Annual administration report of the Bombay Presidency - 1887-1892
Year: 1887
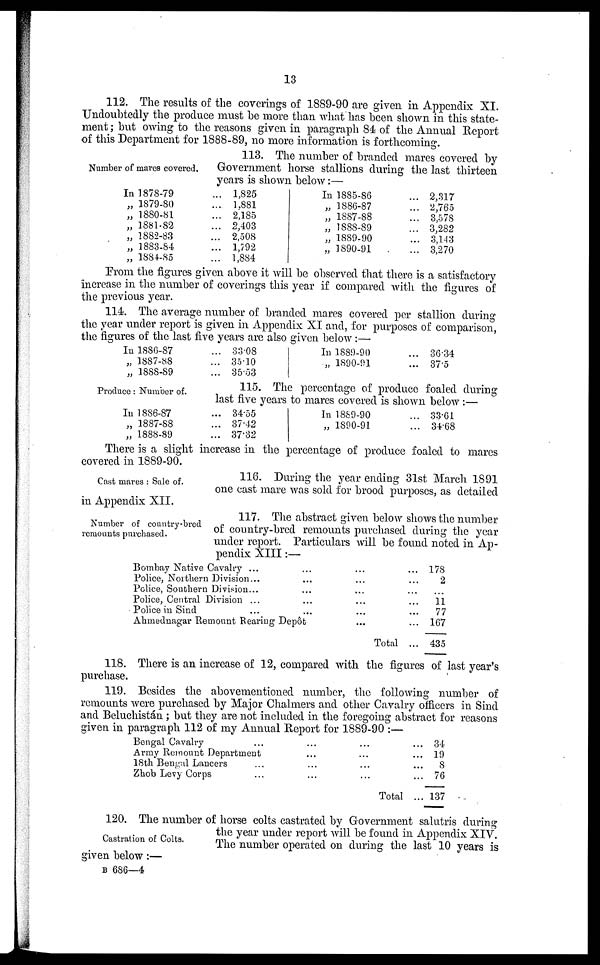
13
112. The results of the coverings of 1889-90 are given in Appendix XI.
Undoubtedly the produce must be more than what has been shown in this state-
ment; but owing to the reasons given in paragraph 84 of the Annual Report
of this Department for 1888-89, no more information is forthcoming.
Number of mares covered.
113. The number of branded mares covered by
Government horse stallions during the last thirteen
years is shown below:—
In 1878-79
„ 1879-80
„ 1880-81
„ 1881-82
„ 1882-83
„ 1883-84
„ 1884-85
... 1,825
... 1,881
... 2,185
... 2,403
... 2,508
... 1,792
... 1,884
In 1885-86
„ 1886-87
„ 1887-88
„ 1888-89
„ 1889-90
„ 1890-91
... 2,317
... 2,765
... 3,578
... 3,282
... 3,143
... 3,270
From the figures given above it will be observed that there is a satisfactory
increase in the number of coverings this year if compared with the figures of
the previous year.
114. The average number of branded mares covered per stallion during
the year under report is given in Appendix XI and, for purposes of comparison,
the figures of the last five years are also given below:—
In 1886-87
„ 1887-88
„ 1888-89
... 33.08
... 35.10
... 35.53
In 1889-90
„ 1890-91
... 36.34
... 37.5
Produce: Number of.
115. The percentage of produce foaled during
last five years to mares covered is shown below :—
In 1886-87
„ 1887-88
„ 1888-89
... 34.55
... 37.42
... 37.32
In 1889-90
„ 1890-91
... 33.61
... 34.68
There is a slight increase in the percentage of produce foaled to mares
covered in 1889-90.
Cast mares : Sale of.
116. During the year ending 31st March 1891
one cast mare was sold for brood purposes, as detailed
in Appendix XII.
Number of country-bred
remounts purchased.
117. The abstract given below shows the number
of country-bred remounts purchased during the year
under report. Particulars will be found noted in Ap-
pendix XIII:—
Bombay Native Cavalry ... ...
Police, Northern Division... ...
Police, Southern Division ... ...
Police, Central Division ... ...
Police in Sind ... ...
Ahmednagar Remount Rearing Depôt
...
...
...
...
...
...
...
...
...
...
...
...
Total
178
2
...
11 77
167
435
118. There is an increase of 12, compared with the figures of last year's
purchase.
119. Besides the abovementioned number, the following number of
remounts were purchased by Major Chalmers and other Cavalry officers in Sind
and Beluchistán ; but they are not included in the foregoing abstract for reasons
given in paragraph 112 of my Annual Report for 1889-90 :—
Bengal Cavalry ...
Army Remount Department
18th Bengal Lancers ...
Zhob Levy Corps ...
...
...
...
...
...
...
...
...
...
...
...
...
Total
34
19
8
76
137
Castration of Colts.
120. The number of horse colts castrated by Government salutris during
the year under report will be found in Appendix XIV.
The number operated on during the last 10 years is
given below:—
B 686—4